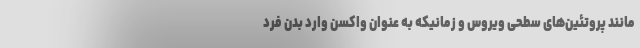
مانند پروتئین‌های سطحی ویروس و زمانیکه به عنوان واکسن وارد بدن فرد